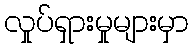
လှုပ်ရှားမှုများမှာ